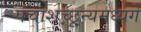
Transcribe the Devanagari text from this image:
पंचाशच्छून्यमध्यगे